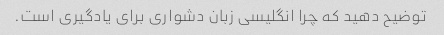
توضیح دهید که چرا انگلیسی زبان دشواری برای یادگیری است.